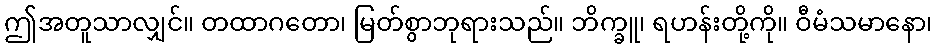
ဤအတူသာလျှင်။ တထာဂတော၊ မြတ်စွာဘုရားသည်။ ဘိက္ခူ၊ ရဟန်းတို့ကို။ ဝီမံသမာနော၊